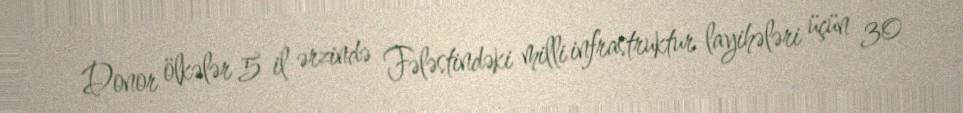
Donor ölkələr 5 il ərzində Fələstindəki milli infrastruktur layihələri üçün 30